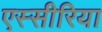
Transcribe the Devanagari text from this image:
एस्सीरिया